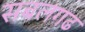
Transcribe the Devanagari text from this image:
सबलगढ